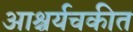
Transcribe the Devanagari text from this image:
आश्चर्यचकीत